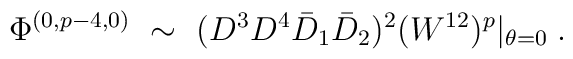
\Phi^{(0,p-4,0)}~ \sim~ (D^3D^4\bar D_1\bar D_2)^2(W^{12})^p\vert_{\theta=0} \;.